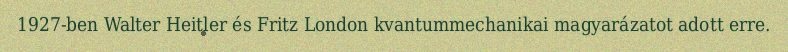
1927-ben Walter Heitler és Fritz London kvantummechanikai magyarázatot adott erre.